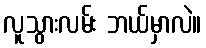
လူသွားလမ်း ဘယ်မှာလဲ။